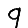
Digit: 9